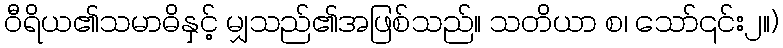
ဝီရိယ၏သမာဓိနှင့် မျှသည်၏အဖြစ်သည်။ သတိယာ စ၊ သော်၎င်း၂။)